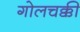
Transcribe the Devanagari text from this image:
गोलचक्की